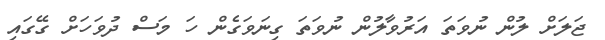
ޖަލަށް ލުން ނުވަތަ އަރުވާލުން ނުވަތަ ގިނަވަގެން ހަ މަސް ދުވަހަށް ގޭގައި